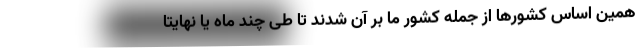
همین اساس کشورها از جمله کشور ما بر آن شدند تا طی چند ماه یا نهایتا